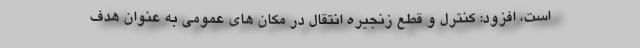
است، افزود: کنترل و قطع زنجیره انتقال در مکان های عمومی به عنوان هدف